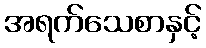
အရက်သေစာနှင့်